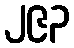
၂၉၃